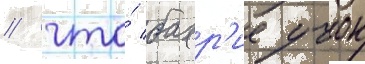
/ что́ бахр'ие учок